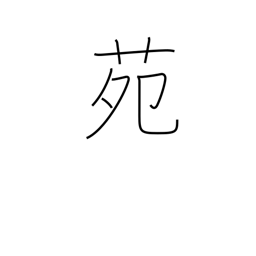
Meaning: park